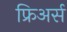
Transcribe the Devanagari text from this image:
फ्रिअर्स